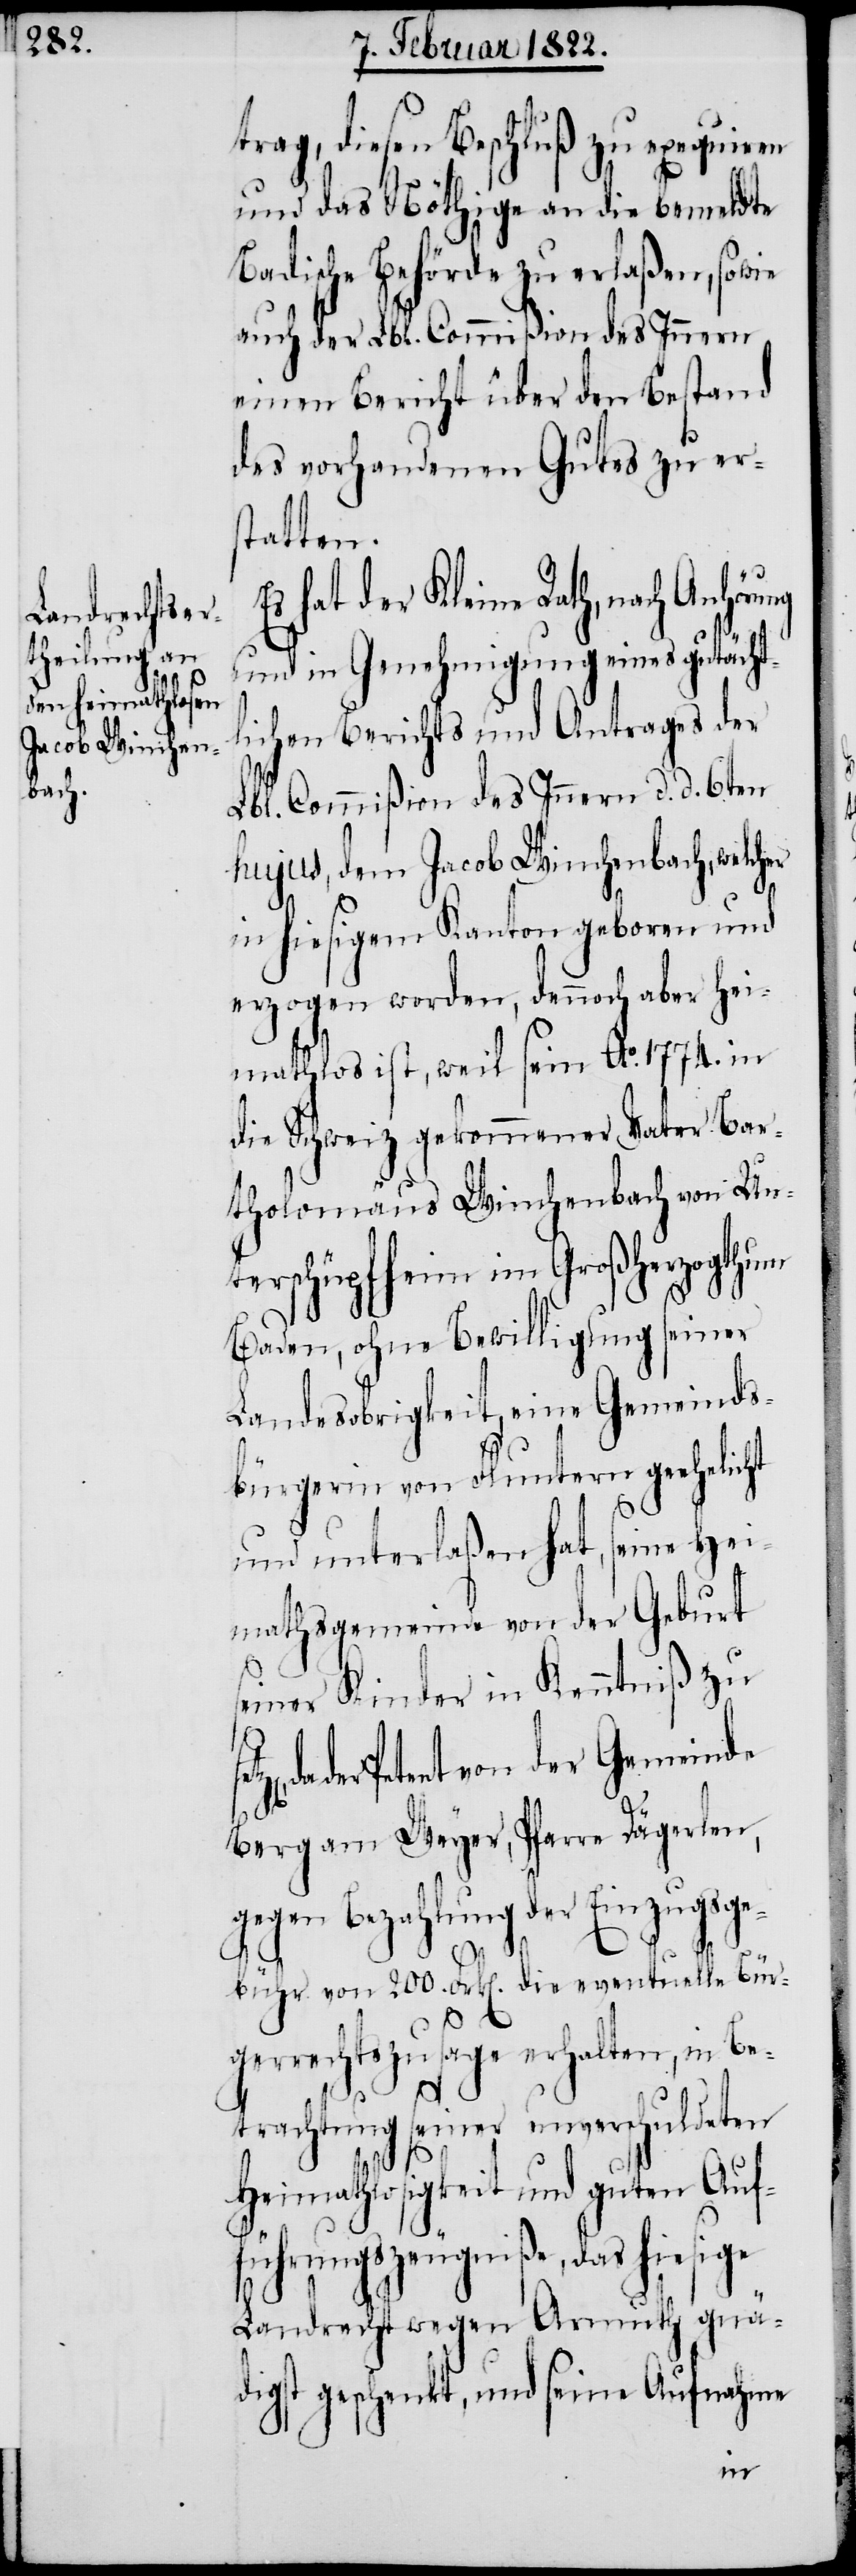
trag, diesen Beschluß zu exequiren
und das Nöthige an die bemeldte
Badische Behörde zu erlaßen, sowie
auch der Lbl. Commißion des Innern
einen Bericht über den Bestand
des vorhandenen Gutes zu ers¬
tatten.
s hat der Kleine Rath, nach Anhöru¬
und in Genehmigung eines gutäch¬
lichen Berichts und Antrages der
Lbl. Commißion des Innern d. d. 6ten
hujus, dem Jacob Winchenbach, welcher
in hiesigem Kanton geboren und
erzogen worden, dennoch aber hei¬
mathlos ist, weil sein Ao. 1774. in
die Schweiz gekommener Vater Bar¬
tholomäus Winchenbach von Un¬
terschüpfheim im Großherzogthum
Baden, ohne Bewilligung seiner
Landesobrigkeit eine Gemeinds¬
bürgerin von Fluntern geehelicht
t¬
und unterlaßen hat, seine Hei¬
mathsgemeinde von der Geburt
seiner Kinder in Kenntniß zu
da der Petent von der Gemeinde
Berg am Weyer, Pfarre Dägerlen,
gegen Bezahlung der Einzugsge¬
bühr von 200. Frk[en]. die eventuelle Bür¬
gerrechtszusage erhalten, in Be¬
trachtung seiner unverschuldeten
Heimathlosigkeit und guten Auf¬
führungszeugniße, das hiesige
Landrecht wegen Armuth gnä¬
digst geschenkt, und seine Aufnahme
ng